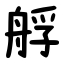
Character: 艀